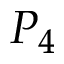
P _ { 4 }